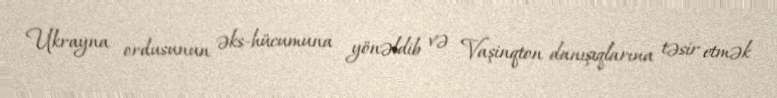
Ukrayna ordusunun əks-hücumuna yönəldib və Vaşinqton danışıqlarına təsir etmək